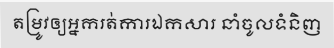
តម្រូវឲ្យអ្នករត់ការឯកសារ នាំចូលទំនិញ